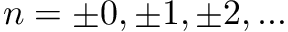
n = \pm 0 , \pm 1 , \pm 2 , \ldots